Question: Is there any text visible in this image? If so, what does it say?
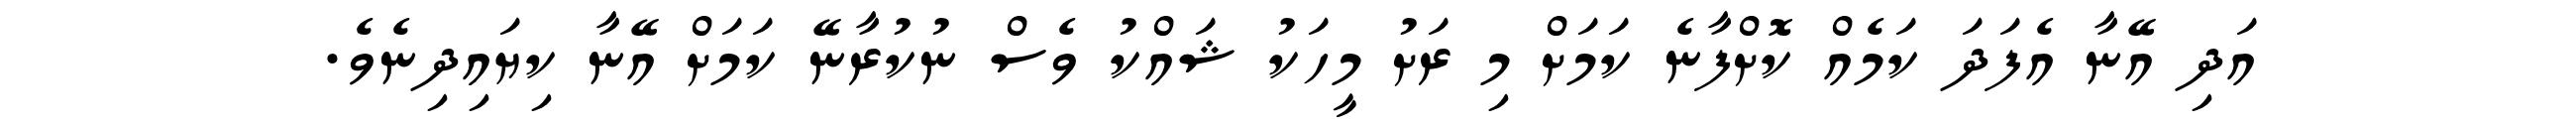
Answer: އަދި އޭނާ އެފަދަ ކަމެއް ކޮށްފާނެ ކަމަށް މި ރަށު މީހަކު ޝައްކު ވެސް ނުކުރާނޭ ކަމަށް އޭނާ ކިޔައިދިނެވެ.